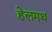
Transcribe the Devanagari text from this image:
हेलमथ